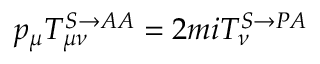
p _ { \mu } T _ { \mu \nu } ^ { S \rightarrow A A } = 2 m i T _ { \nu } ^ { S \rightarrow P A }